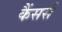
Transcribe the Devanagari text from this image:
कैंसर्स